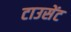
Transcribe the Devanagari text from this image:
टाउसेंट